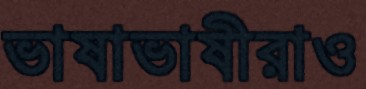
ভাষাভাষীরাও